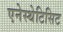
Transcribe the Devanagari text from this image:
एनेस्थेटिसिट